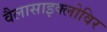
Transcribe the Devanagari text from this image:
वैलासाइक्लोविर